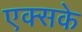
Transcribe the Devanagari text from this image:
एक्सके